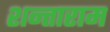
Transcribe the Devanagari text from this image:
शन्ताराम